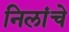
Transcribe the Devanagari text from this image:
निलांचे